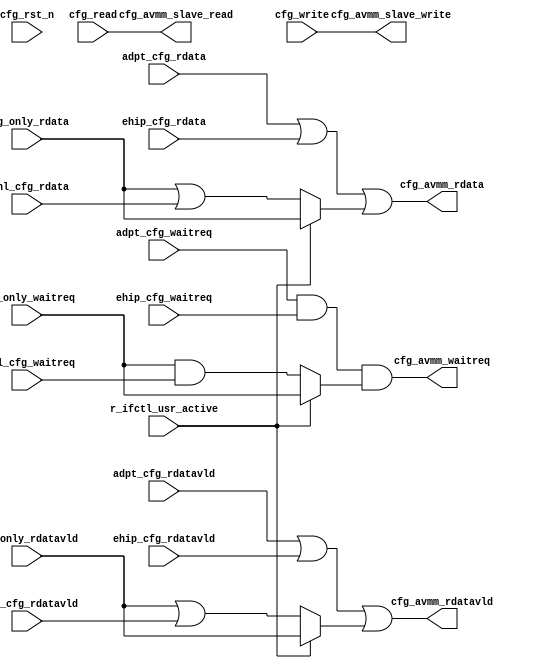
// This program was cloned from: https://github.com/chipsalliance/aib-phy-hardware
// License: Apache License 2.0

// SPDX-License-Identifier: Apache-2.0
// Copyright (C) 2019 Intel Corporation. 
module c3aibadapt_cfg_rdmux (
  // Output
  output reg  [31:0]  cfg_avmm_rdata,
  output reg          cfg_avmm_rdatavld,
  output reg          cfg_avmm_waitreq,
  output reg          cfg_avmm_slave_read,
  output reg          cfg_avmm_slave_write,

  // Input
  input  wire         cfg_write,
  input  wire         cfg_read,
  input  wire         cfg_rst_n,
  input  wire         r_ifctl_usr_active,
  input  wire [31:0]  chnl_cfg_rdata,
  input  wire         chnl_cfg_rdatavld,
  input  wire         chnl_cfg_waitreq,
  input  wire [31:0]  cfg_only_rdata,
  input  wire         cfg_only_rdatavld,
  input  wire         cfg_only_waitreq,
  input  wire [31:0]  ehip_cfg_rdata,
  input  wire         ehip_cfg_rdatavld,
  input  wire         ehip_cfg_waitreq,
  input  wire [31:0]  adpt_cfg_rdata,
  input  wire         adpt_cfg_rdatavld,
  input  wire         adpt_cfg_waitreq
);

// In config mode (r_ifctl_usr_active = 0), CRSSM can 
// r_ifctl_usr_active is asserted when User has control of AVMM interface.
// r_ifctl_usr_active affects channel-related signals. CRSSM can only access
// config-only space when r_ifctl_usr_active is asserted.
// In this case, CRSSM can only access Config-only space
always @(*) begin
  cfg_avmm_waitreq  = adpt_cfg_waitreq  & ehip_cfg_waitreq  & (r_ifctl_usr_active ? cfg_only_waitreq  : (cfg_only_waitreq  & chnl_cfg_waitreq));
  cfg_avmm_rdatavld = adpt_cfg_rdatavld | ehip_cfg_rdatavld | (r_ifctl_usr_active ? cfg_only_rdatavld : (cfg_only_rdatavld | chnl_cfg_rdatavld));
  cfg_avmm_rdata    = adpt_cfg_rdata    | ehip_cfg_rdata    | (r_ifctl_usr_active ? cfg_only_rdata    : (cfg_only_rdata    | chnl_cfg_rdata));
end

// Scenario1: 
// Assert: one_hot(chnl_cfg_rdatavld, ehip_cfg_rdatavld, adpt_cfg_rdatavld);

// Scenario2:
// helper1 = (chnl_cfg_rdatavld!='0); helper2 =  (chnl_cfg_rdatavld!='0); helper3 =  (adpt_cfg_rdatavld != '0)
// Assert: one_hot (helper1, helper2, helper3);

always @(*) begin
  cfg_avmm_slave_write = cfg_write;
  cfg_avmm_slave_read  = cfg_read;
end

endmodule